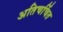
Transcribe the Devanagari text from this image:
अतिचर्चित